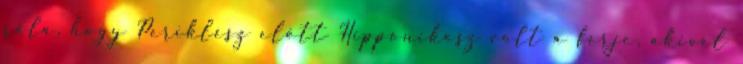
róla, hogy Periklész előtt Hipponikosz volt a férje, akivel